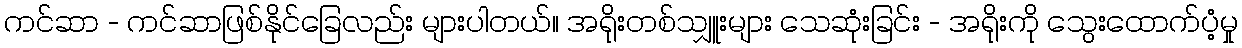
ကင်ဆာ - ကင်ဆာဖြစ်နိုင်ခြေလည်း များပါတယ်။ အရိုးတစ်သျှူးများ သေဆုံးခြင်း - အရိုးကို သွေးထောက်ပံ့မှု